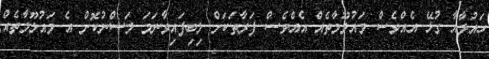
ހައުލާއާ ގުޅޭ އެއްވެސް މައުލޫމާތެއް އެއްވެސް ފަރާތަކަށް ލިބިފައިވާނަމަ ލަސްނުކޮށް އެ މައުލޫމާތެއް